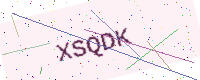
Text: XSQDK